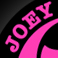
JOEY